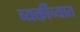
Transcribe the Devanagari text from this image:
व्यक्तींच्यात